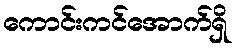
ကောင်းကင်အောက်ရှိ